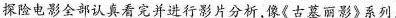
探险电影全部认真看完并进行影片分析,像《古菜丽影》系列